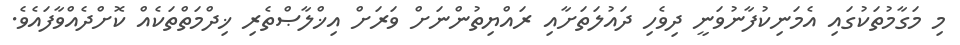
މި މަގާމުތަކުގައި އެމަނިކުފާނުވަނީ ދިވެހި ދައުލަތަށާއި ރައްޔިތުންނަށް ވަރަށް އިޚްލާޞްތެރި ޚިދްމަތްތަކެއް ކޮށްދެއްވާފައެވެ.